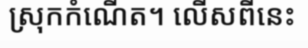
ស្រុកកំណើត។ លើសពីនេះ